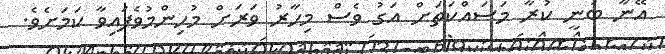
އޭނާ ބުނީ ކުރާ މަސައްކަތަށް އަގު ވެސް މިހާރު ވަރަށް މުހިންމުވެފައިވާ ކަމަށެވެ.